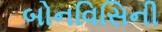
બોનવિસિની